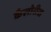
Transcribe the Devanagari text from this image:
कैलोरीस